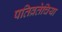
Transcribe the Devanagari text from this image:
पतिव्रतेचिया